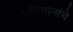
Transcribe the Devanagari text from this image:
प्रतिमानांचे